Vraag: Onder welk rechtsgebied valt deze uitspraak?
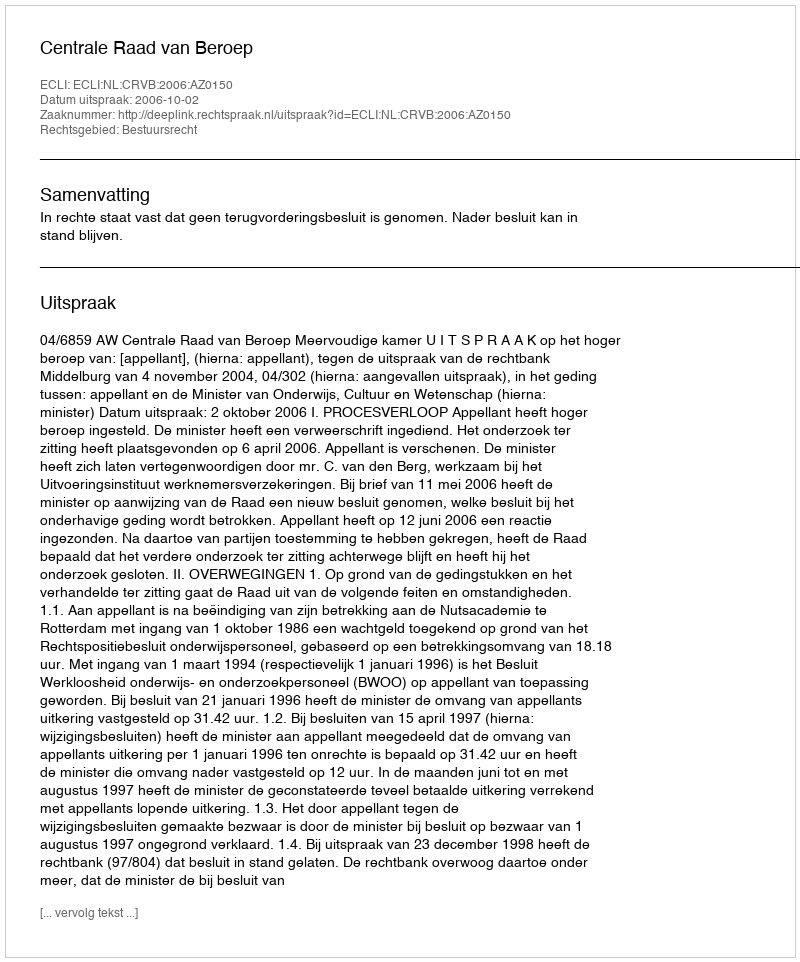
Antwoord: Bestuursrecht